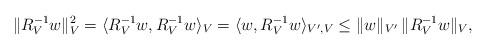
LaTeX: \begin{align*} \|R_V^{-1}w\|_V^2 = \langle R_V^{-1}w,R_V^{-1}w\rangle_V = \langle w,R_V^{-1}w\rangle_{V',V} \le \|w\|_{V'}\,\|R_V^{-1}w\|_V,\end{align*}